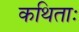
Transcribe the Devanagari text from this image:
कथिताः